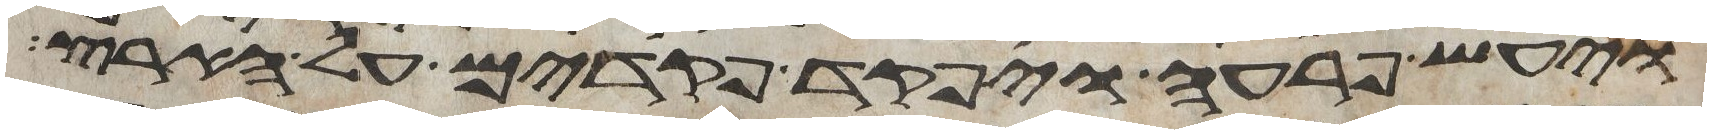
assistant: ויעש פרעה ויפקד פקדים על הארץ